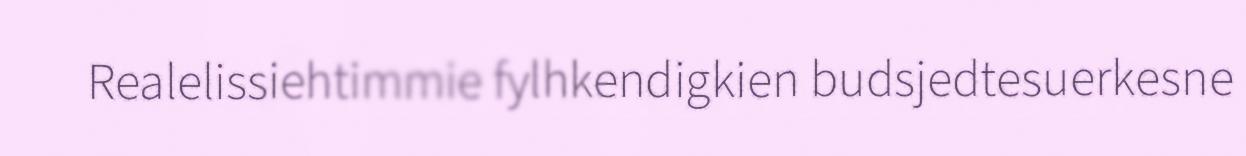
Realelissiehtimmie fylhkendigkien budsjedtesuerkesne